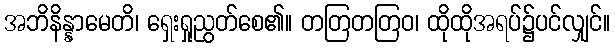
အဘိနိန္နာမေတိ၊ ရှေးရှုညွတ်စေ၏။ တတြတတြဝ၊ ထိုထိုအရပ်၌ပင်လျှင်။